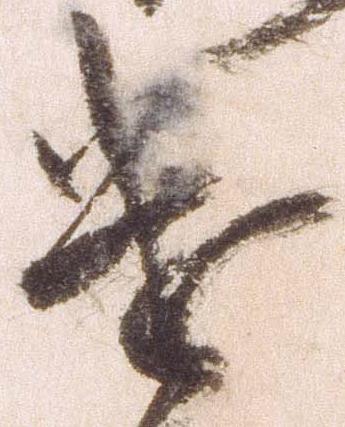
遣